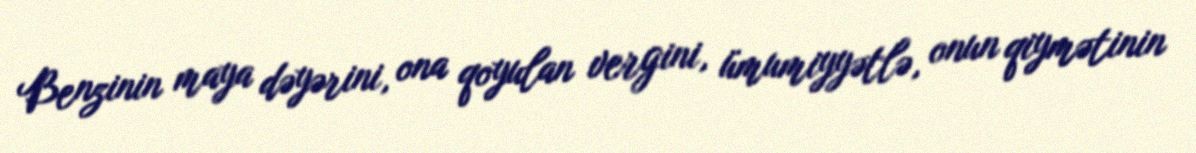
Benzinin maya dəyərini, ona qoyulan vergini, ümumiyyətlə, onun qiymətinin